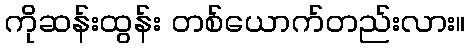
ကိုဆန်းထွန်း တစ်ယောက်တည်းလား။